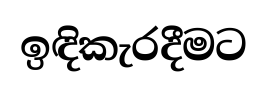
ඉඳිකැරදීමට